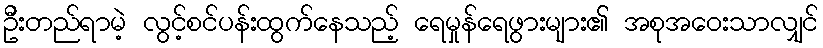
ဦးတည်ရာမဲ့ လွင့်စင်ပန်းထွက်နေသည့် ရေမှုန်ရေဖွားများ၏ အစုအဝေးသာလျှင်